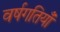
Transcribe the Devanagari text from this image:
वर्षगतियाँ